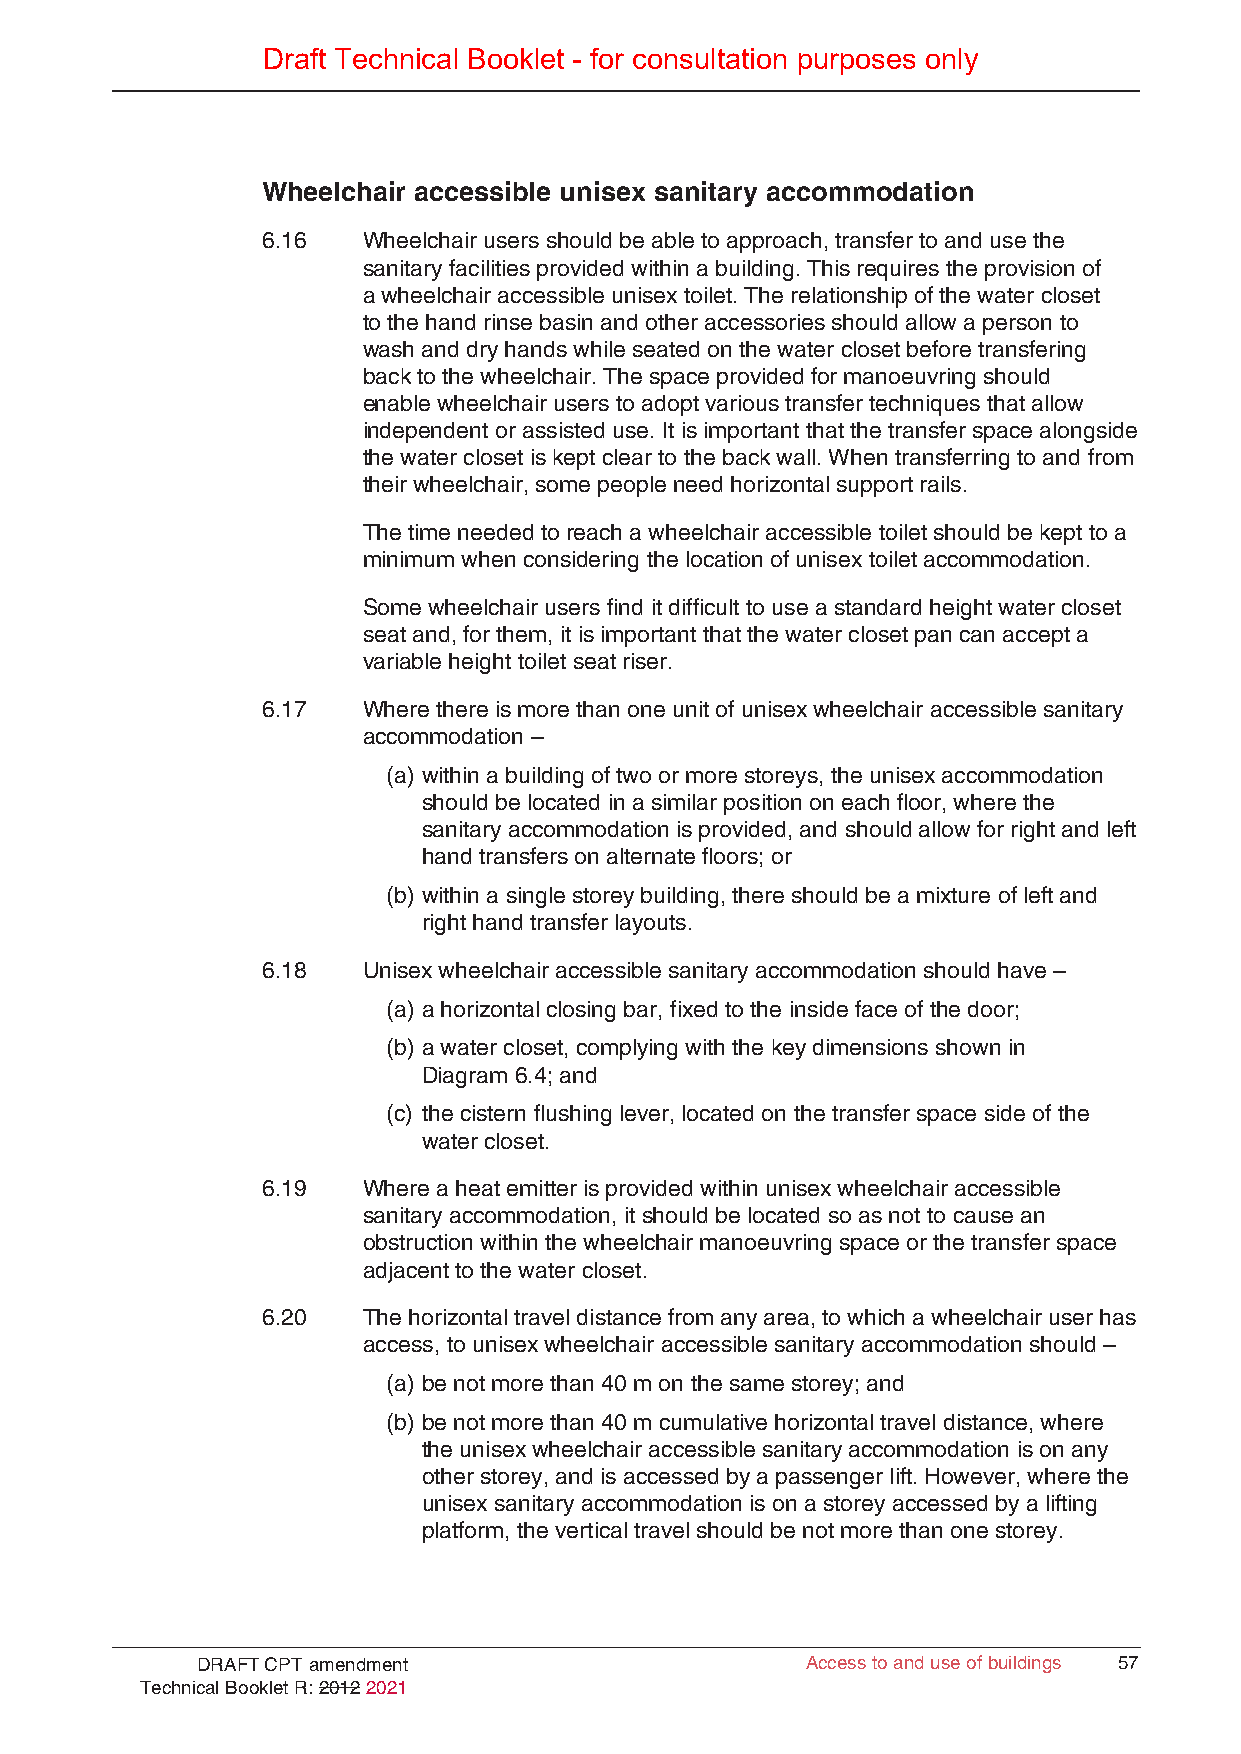
Draft Technical Booklet - for consultation purposes only
 Wheelchair accessible unisex sanitary accommodation
 6.16   Wheelchair users should be able to approach, transfer to and use the
 sanitary facilities provided within a building. This requires the provision of
 a wheelchair accessible unisex toilet. The relationship of the water closet
 to the hand rinse basin and other accessories should allow a person to
 wash and dry hands while seated on the water closet before transfering
 back to the wheelchair. The space provided for manoeuvring should
 enable wheelchair users to adopt various transfer techniques that allow
 independent or assisted use. It is important that the transfer space alongside
 the water closet is kept clear to the back wall. When transferring to and from
 their wheelchair, some people need horizontal support rails.
 The time needed to reach a wheelchair accessible toilet should be kept to a
 minimum when considering the location of unisex toilet accommodation.
 Some wheelchair users find it difficult to use a standard height water closet
 seat and, for them, it is important that the water closet pan can accept a
 variable height toilet seat riser.
 6.17   Where there is more than one unit of unisex wheelchair accessible sanitary
 accommodation –
 (a) within a building of two or more storeys, the unisex accommodation
 should be located in a similar position on each floor, where the
 sanitary accommodation is provided, and should allow for right and left
 hand transfers on alternate floors; or
 (b) within a single storey building, there should be a mixture of left and
 right hand transfer layouts.
 6.18   Unisex wheelchair accessible sanitary accommodation should have –
 (a) a horizontal closing bar, fixed to the inside face of the door;
 (b) a water closet, complying with the key dimensions shown in
 Diagram 6.4; and
 (c) the cistern flushing lever, located on the transfer space side of the
 water closet.
 6.19   Where a heat emitter is provided within unisex wheelchair accessible
 sanitary accommodation, it should be located so as not to cause an
 obstruction within the wheelchair manoeuvring space or the transfer space
 adjacent to the water closet.
 6.20   The horizontal travel distance from any area, to which a wheelchair user has
 access, to unisex wheelchair accessible sanitary accommodation should –
 (a) be not more than 40 m on the same storey; and
 (b) be not more than 40 m cumulative horizontal travel distance, where
 the unisex wheelchair accessible sanitary accommodation is on any
 other storey, and is accessed by a passenger lift. However, where the
 unisex sanitary accommodation is on a storey accessed by a lifting
 platform, the vertical travel should be not more than one storey.
 DRAFT CPT amendment                     Access to and use of buildings 57
 Technical Booklet R: 2012 2021